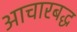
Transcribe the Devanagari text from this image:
आचारबद्ध